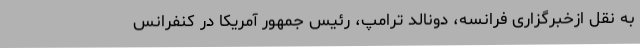
به نقل ازخبرگزاری فرانسه، دونالد ترامپ، رئیس جمهور آمریکا در کنفرانس